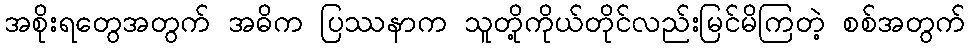
အစိုးရတွေအတွက် အဓိက ပြဿနာက သူတို့ကိုယ်တိုင်လည်းမြင်မိကြတဲ့ စစ်အတွက်